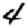
Digit: 4